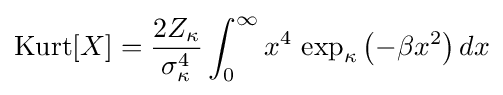
\operatorname {Kurt} [X]={\frac {2Z_{\kappa }}{\sigma _{\kappa }^{4}}}\int _{0}^{\infty }x^{4}\,\exp _{\kappa }\left(-\beta x^{2}\right)dx